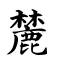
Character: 麓